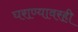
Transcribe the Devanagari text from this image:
घराण्यावरही